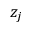
z _ { j }